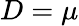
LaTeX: D=\mu